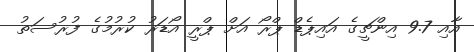
އާއި 9.7 އިންޗީގެ އައިޕެޑް ޕްރޯ އަށް ޕްރީ އޯޑަރު ކުރުމުގެ ފުރުސަތު